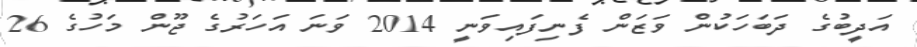
އަދީބުގެ ދަބަހަކުން ވަޒަން ފެނިފައިވަނީ 2014 ވަނަ އަހަރުގެ ޖޫން މަހުގެ 26